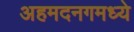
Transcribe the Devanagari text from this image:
अहमदनगमध्ये